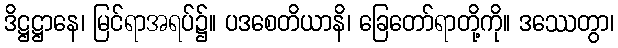
ဒိဋ္ဌဋ္ဌာနေ၊ မြင်ရာအရပ်၌။ ပဒစေတိယာနိ၊ ခြေတော်ရာတို့ကို။ ဒဿေတွာ၊